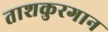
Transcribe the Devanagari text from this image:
ताशकुरगान